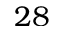
2 8